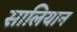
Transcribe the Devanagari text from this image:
सालियान